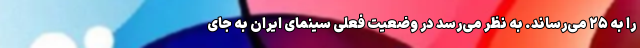
را به ۲۵ می‌رساند. به نظر می‌رسد در وضعیت فعلی سینمای ایران به جای